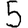
Digit: 5